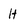
Character: H